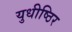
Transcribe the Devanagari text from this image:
युधीष्ठिर